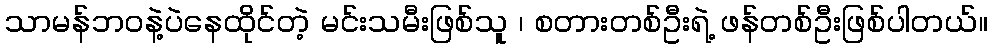
သာမန်ဘဝနဲ့ပဲနေထိုင်တဲ့ မင်းသမီးဖြစ်သူ ၊ စတားတစ်ဦးရဲ့ ဖန်တစ်ဦးဖြစ်ပါတယ်။